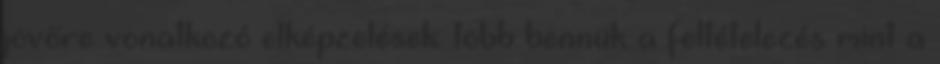
jövőre vonatkozó elképzelések: több bennük a feltételezés mint a